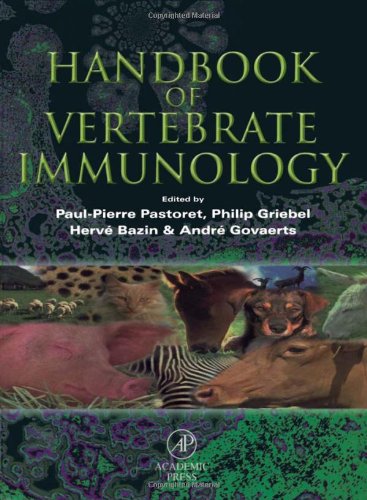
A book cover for Handbook of Vertebrate Immunology; Medical Books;